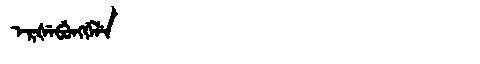
Manchu: ᡝᡵᡧᡝᠪᡠᠩᡤᡝᠯᡝ
Romanization: ERŠEBUNGGELE